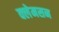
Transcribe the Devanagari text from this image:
क्लेमसन